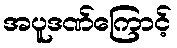
အပူဒဏ်ကြောင့်